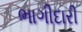
ભાગીદારી